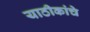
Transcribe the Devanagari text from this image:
याठीकांचे